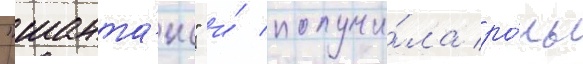
"шанта́ж" и́ получи́ла ро́ль